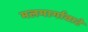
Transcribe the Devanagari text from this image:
मलमार्गावाटे